Vaccination in Bombay 1913-1923 - 1913-1923
Year: 1913
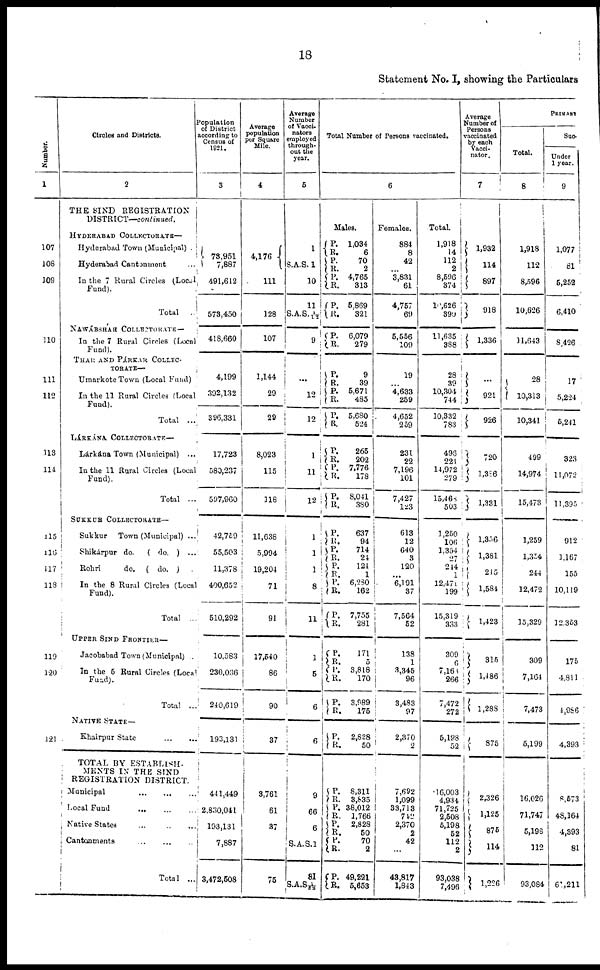
18
Statement No. I, showing the Particulars
Number.
1
107
108
109
110
111
112
113
114
115
116
117
118
119
120
121
Circles and Districts.
2
THE SIND REGISTRATION
DISTRICT—continued.
HYDERABAD COLLECTORATE—
Hyderabad Town (Municipal) .
Hyderabad Cantonment ...
In the 7 Rural Circles (Local
Fund).
Total ...
NAWÁBSHAH COLLECTORATE —
In the 7 Rural Circles (Local
Fund).
THAR AND PÁRKAR COLLEC¬
TORATE—
Umarkote Town (Local Fund)
In the 11 Rural Circles (Local
Fund).
Total ...
LÁRKÁNA COLLECTORATE—
Lárkána Town (Municipal) ...
In the 11 Rural Circles (Local
Fund).
Total ...
SUKKUR COLLECTORATE—
Sukkur Town (Municipal) ...
Shikárpur do.
( do. ) ...
Rohri
do. ( do. ) .
In the 8 Rural Circles (Local
Fund).
Total ...
UPPER SIND FRONTIER—
Jacobabad Town (Municipal) .
In the 5 Rural Circles (Local
Fund).
Total ...
NATIVE STATE—
Khairpur State
...
...
TOTAL BY ESTABLISH¬
MENTS IN THE SIND
REGISTRATION DISTRICT.
Municipal
...
...
...
Local Fund
...
...
...
Native States ... ... ...
Cantonments
...
...
...
Total ...
Population
of District
according to
Census of
1921.
3
73,951
7,887
491,612
573,450
418,660
4,199
392,132
396,331
17,723
580,237
597,960
42,759
55,503
11,378
400,652
510,292
10,583
230,036
240,619
193,131
441,449
2,830,041
193,131
7,887
3,472,508
Average
population
per Square
Mile.
4
4,176
111
128
107
1,144
29
29
8,023
115
118
11,638
5,994
19,204
71
91
17,540
86
90
37
3,761
61
37
75
Average
Number
of Vacci¬
nators
employed
through-
out the
year.
5
1
S.A.S. 1
10
11
S.A.S. 1½
9
...
12
12
1
1 1
12
1
1
1
8
11
1
5
6
6
9
66
6
S.A.S.1
81
S.A.S 1/82
Total Number of Persons vaccinated.
6
Males.
P.
R.
P.
R.
P.
R.
P.
R.
1,034
6
70
2
4,765
313
5,869
321
P.
R.
6,079
279
P.
R.
P.
R.
P.
R.
9
39
5,671
485
5,680
524
P.
R.
P.
R.
P.
R.
265
202
7,776
178
8,041
380
P.
R.
P.
R.
P.
R.
P. R.
P.
R.
637
94
714
24
124
1
6,280
162
7,755
281
P.
R.
P.
R.
P.
R.
171
5
3,818
170
3,989
175
P.
R.
2,828
50
P.
R. P.
R. P.
R.
P.
R.
P.
R.
8,311
3,835
38,012
1,766
2,828
50
70
2
49,221
5,653
Females.
884
8
42
...
3,831
61
4,757
69
5,556
109
19
...
4,633
259
4,652
259
231
22
7,196
101
7,427
123
613
12
640
3
120
...
6,191
37
7,564
52
138
1
3,345
96
3,483
97
2,370
2
7,692
1,099
33,713
742
2,370
2
42
...
43,817
1,843
Total.
1,918
14
112
2
8,596
374
10,626
390
11,635
388
28
39
10,304
744
10,332
783
496
221
14,972
279
15,468
503
1,250
106
1,354
27
214
1
12,471
199
15,319
333
309
6
7,168
266
7,472
272
5,198
52
16,003
4,934
71,725
2,508
5,198
52
112
2
93,038
7,496
Average
Number of
Persons
vaccinated
by each
Vacci¬
nator.
7
1,932
114
897
918
1,336
...
921
926
720
1,386
1,331
1,356
1,381
245
1,584
1,423
315
1,486
1,288
875
2,326
1,125
875
114
1,226
PRIMARY
Total.
8
1,918
112
8,596
10,626
11,643
28
10,313
10,341
499
14,974
15,473
1,259
1,354
244
12,472
15,329
309
7,164
7,473
5,199
16,026
71,747
5,198
112
93,084
Suc¬
Under
1 year.
9
1,077
81
5,252
6,410
8,426
17
5,224
5,241
323
11,072
11,395
912
1,167
155
10,119
12,353
175
4,811
4,986
4,393
8,573
48,164
4,393
81
61,211